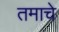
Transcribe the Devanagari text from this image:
तमाचे